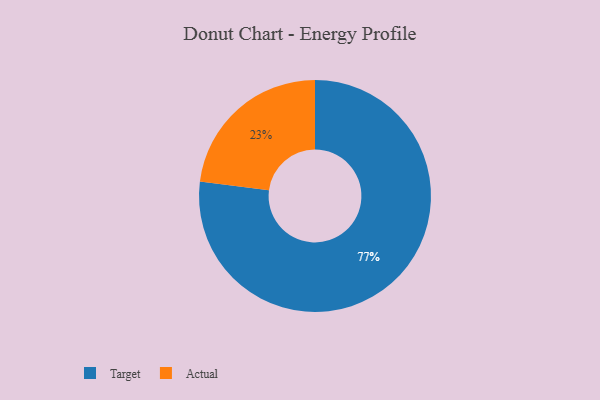
{"axis": {"x": "Category", "y": "Percentage"}, "legend": ["Actual", "Target"], "data": [{"x": "Target", "y": 77, "type": "Target"}, {"x": "Actual", "y": 23, "type": "Actual"}]}